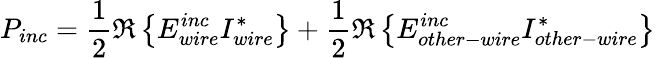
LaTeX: P_{inc}=\frac{1}{2}\Re\left\{ E_{wire}^{inc}I_{wire}^{*}\right\} +\frac{1}{2}\Re\left\{ E_{other-wire}^{inc}I_{other-wire}^{*}\right\}